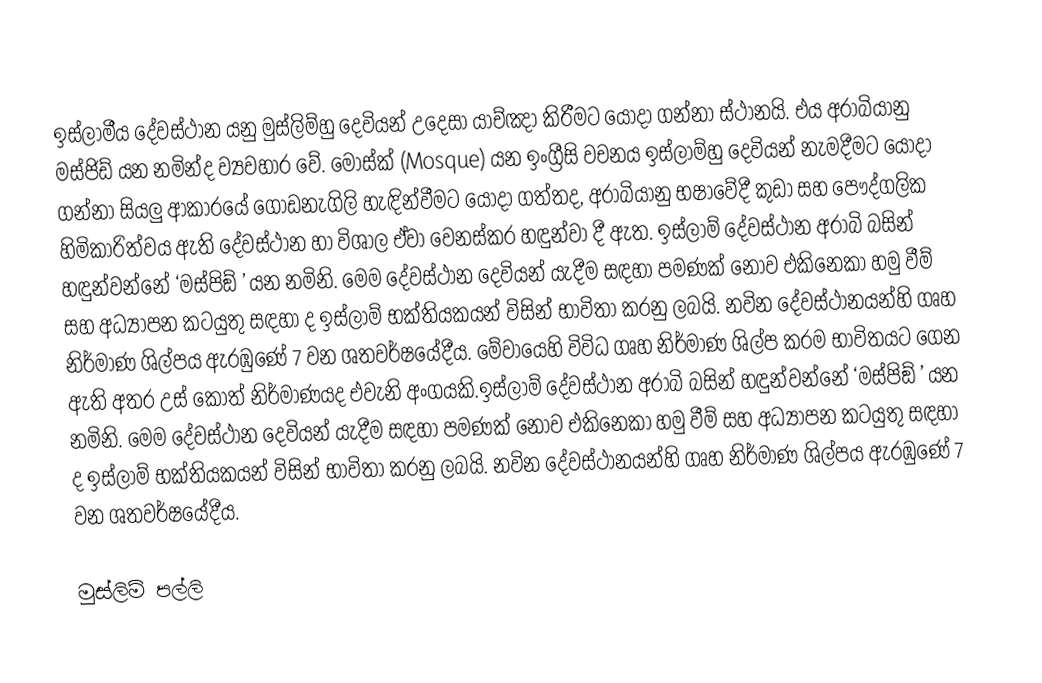
ඉස්ලාමීය දේවස්ථාන යනු මුස්ලිම්හු දෙවියන් උදෙසා යාච්ඤා කිරීමට යොදා ගන්නා ස්ථානයි. එය අරාබියානු මස්ජිඩ් යන නමින්ද ව්‍යවහාර වේ. මොස්ක් (Mosque) යන ඉංග්‍රීසි වචනය ඉස්ලාම්හු දෙවියන් නැමදීමට යොදා ගන්නා සියලු ආකාරයේ ගොඩනැගිලි හැඳින්වීමට යොදා ගත්තද, අරාබියානු භෂාවේදී කුඩා සහ පෞද්ගලික හිමිකාරිත්වය ඇති දේවස්ථාන හා විශාල ඒවා වෙනස්කර හඳුන්වා දී ඇත. ඉස්ලාම් දේවස්ථාන අරාබි බසින් හඳුන්වන්නේ ‘මස්පිඞ් ’ යන නමිනි. මෙම දේවස්ථාන දෙවියන් යැදීම සඳහා පමණක් නොව එකිනෙකා හමු වීම් සහ අධ්‍යාපන කටයුතු සඳහා ද ඉස්ලාම් භක්තියකයන් විසින් භාවිතා කරනු ලබයි. නවින දේවස්ථානයන්හි ගෘහ නිර්මාණ ශිල්පය ඇරඹුණේ 7 වන ශතවර්ෂයේදීය. මේවායෙහි විවිධ ගෘහ නිර්මාණ ශිල්ප ක‍්‍රම භාවිතයට ගෙන ඇති අතර උස් කොත් නිර්මාණයද එවැනි අංගයකි.ඉස්ලාම් දේවස්ථාන අරාබි බසින් හඳුන්වන්නේ ‘මස්පිඞ් ’ යන නමිනි. මෙම දේවස්ථාන දෙවියන් යැදීම සඳහා පමණක් නොව එකිනෙකා හමු වීම් සහ අධ්‍යාපන කටයුතු සඳහා ද ඉස්ලාම් භක්තියකයන් විසින් භාවිතා කරනු ලබයි. නවින දේවස්ථානයන්හි ගෘහ නිර්මාණ ශිල්පය ඇරඹුණේ 7 වන ශතවර්ෂයේදීය.

මුස්ලිම් පල්ලි